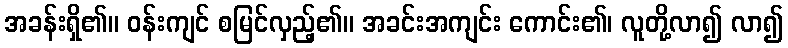
အခန်းရှိ၏။ ဝန်းကျင် စမြင်လှည့်၏။ အခင်းအကျင်း ကောင်း၏၊ လူတို့လာ၍ လာ၍